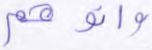
وآتوهم